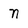
Character: N